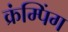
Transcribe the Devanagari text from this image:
क्रंम्पिंग